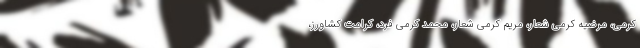
کرمی، مرضیه کرمی شعار، مریم کرمی شعار، محمد کرمی فرد، کرامت کشاورز،